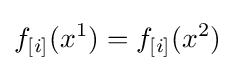
f_{[i]}(x^{1})=f_{[i]}(x^{2})